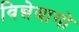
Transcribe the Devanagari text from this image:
विन्नेबागो